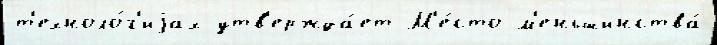
т'ехноло́г'иjах утв'ержда́ет М'е́сто м'еньшинства́